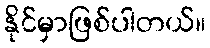
နိုင်မှာဖြစ်ပါတယ်။